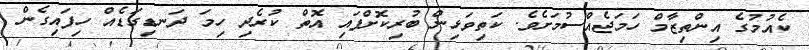
ކެއުމުގެ އިންތިޒާމް ހަމަޖެއްސުމަށެވެ. ކަތިވަޅިން ބުރިކޮށްފައި އޮތް ކުރެދި ހިމަ ދަނޑިގަޑެއް ހިފައިގެން